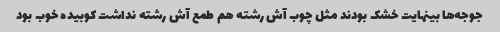
جوجه‌ها بینهایت خشک بودند مثل چوب آش رشته هم طمع آش رشته نداشت کوبیده خوب بود